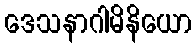
ဒေသနာဂါမိနိယော